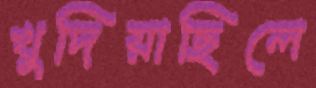
খুদিয়াছিলে